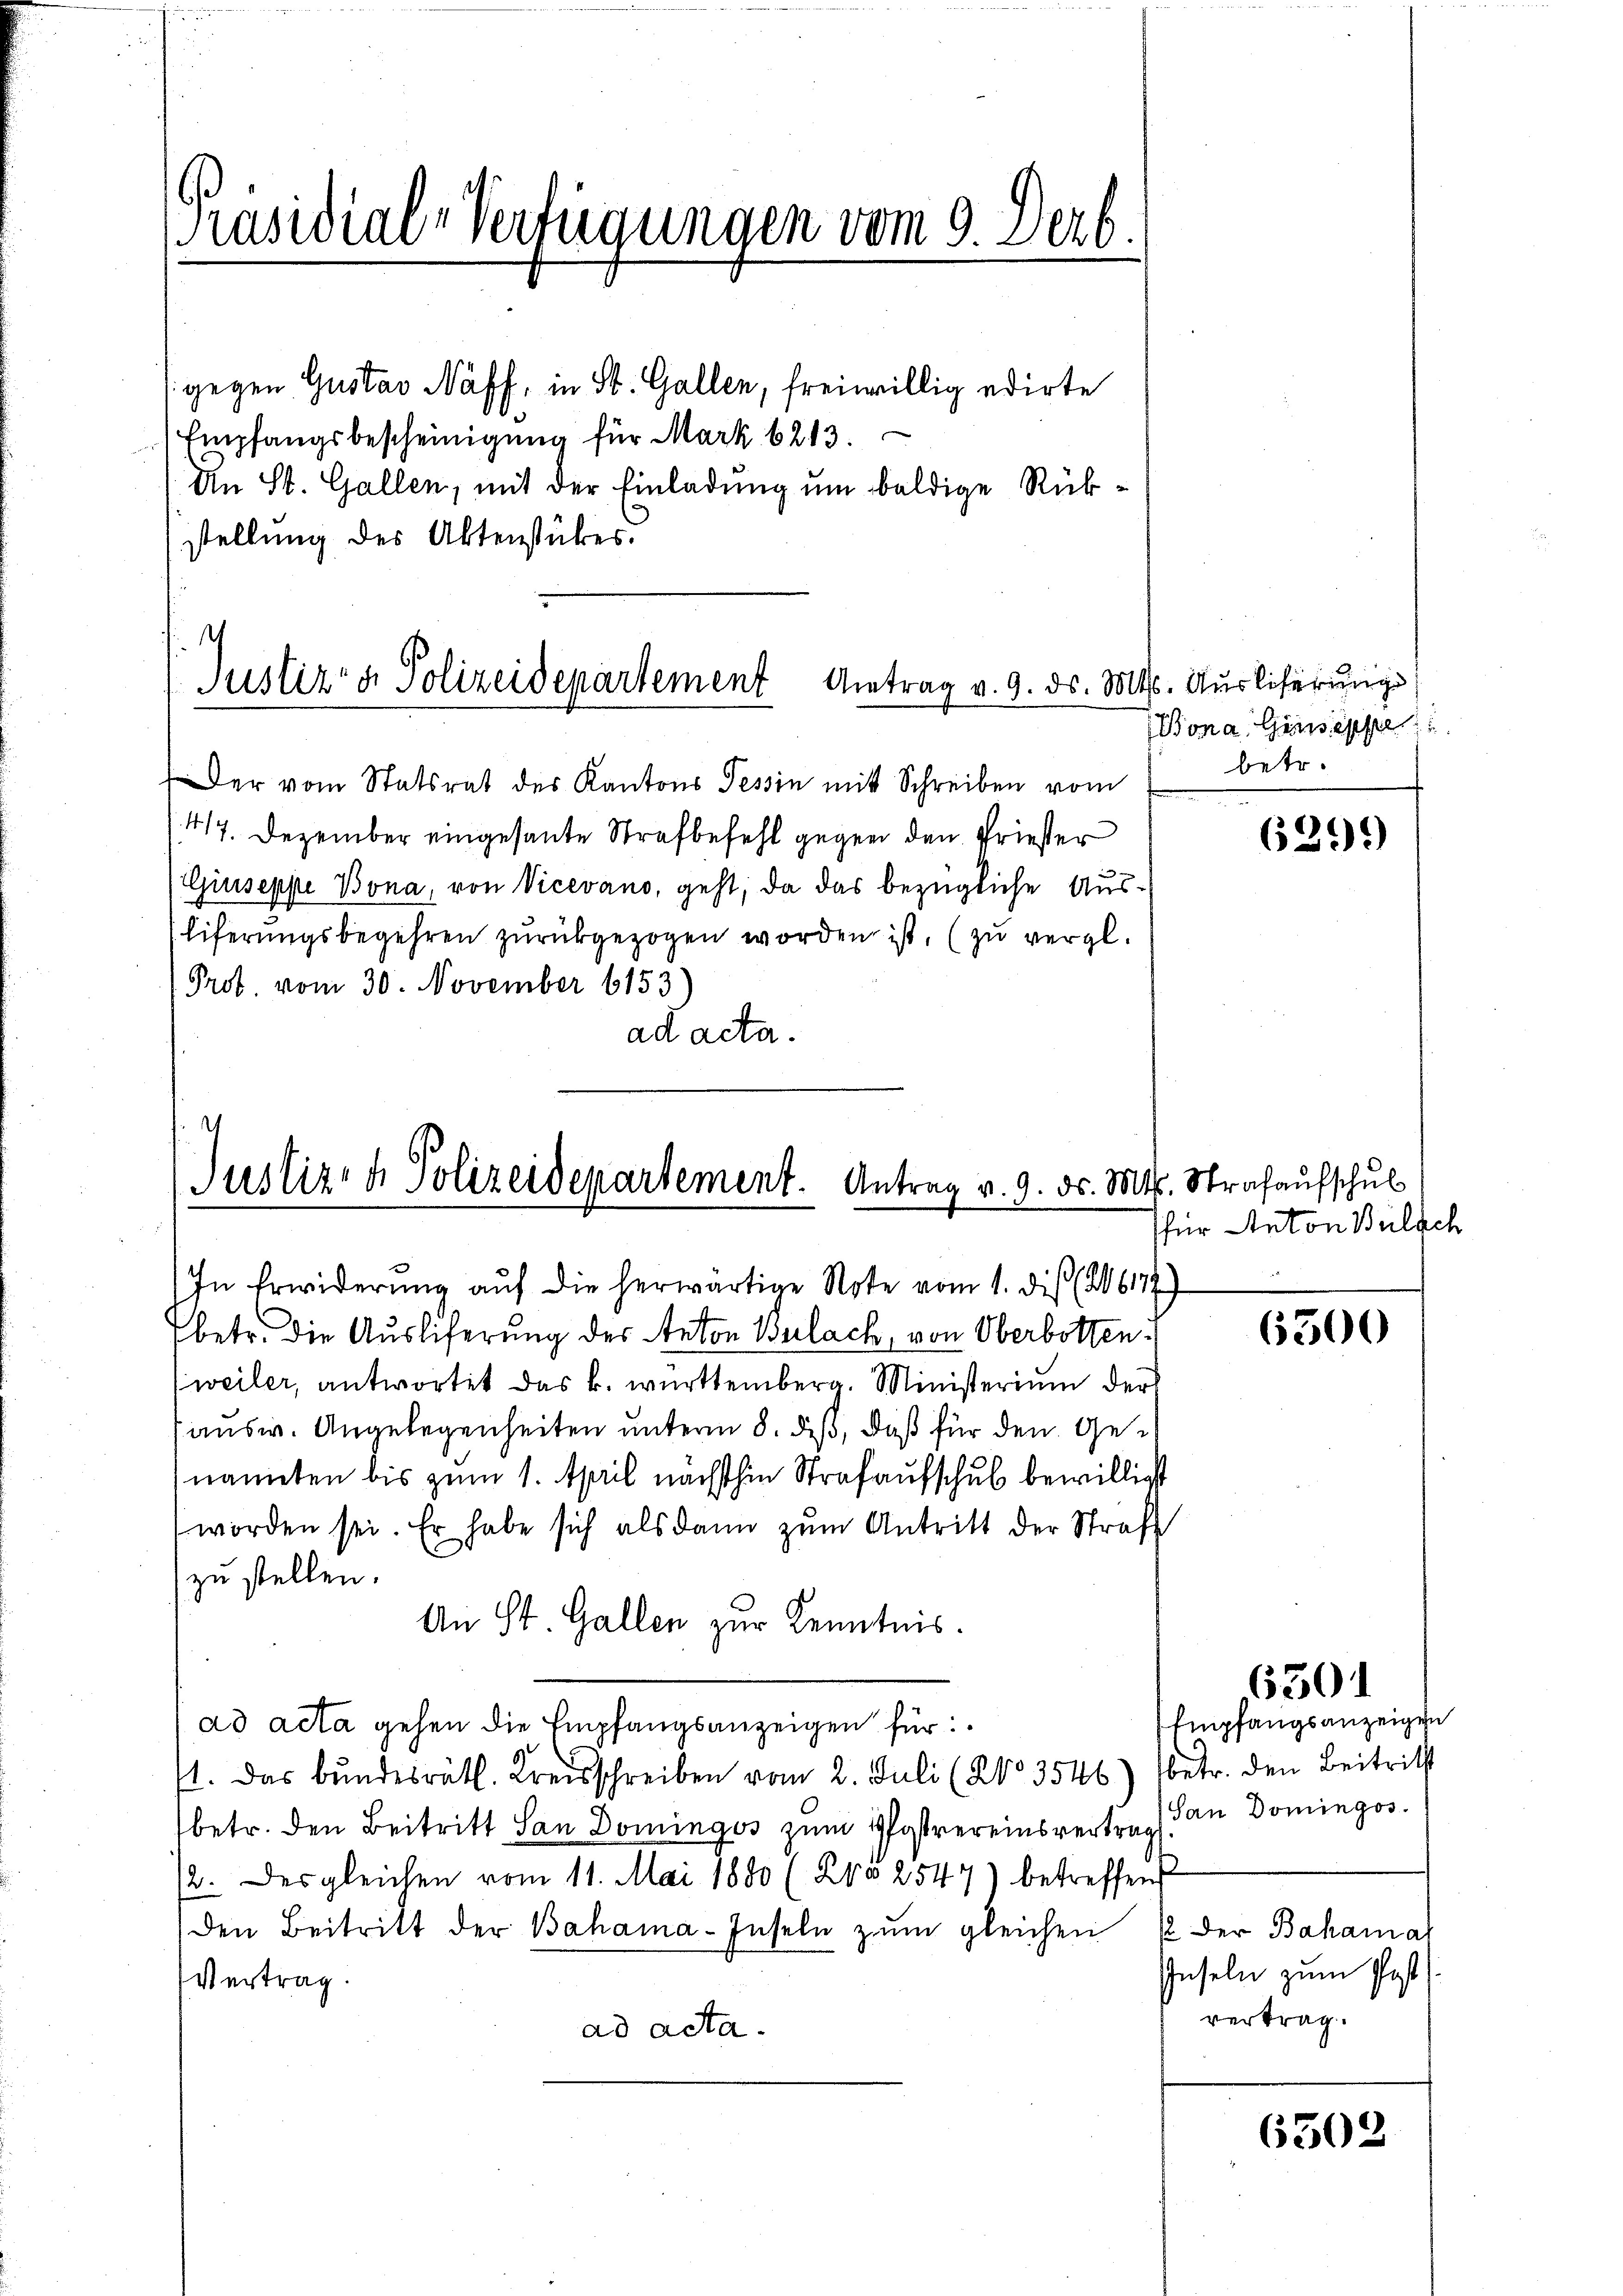
Präsidial-Verfügungen vom 9. Serb.

gegen Gustav Naff, in St. Gallen, freiwillig edirte
Empfangsbescheinigung für Mark 6213.
An St. Gallen, mit der Einladung um baldige Rükstellung des Aktenstückes.

4
Justiz & Polizeidepartement Antrag v. 9. ds. Mts. Auslieferungs

Der vom Statsrat des Kantons Tessin mit Schreiben vom
417. Dezember eingesante Strafbefehl gegen den Priester
Giuseppe Bona, von Vicevano, geht, da das bezügliche Aus¬
Eiferungsbegehren zurückgezogen worden ist, (zu vergl.
Prot. vom 30. November 6153
ad acta.

Justiz- & Polizeidepartement. Antrag v. 9. ds. Mts. Strafaŭfschul

In Erwiderŭng aŭf die herwärtige Note vom 1. dis (26177)
betr. die Auslieferung des Anton Verlach, von Oberbotten.
weiler, antwortet das k. württemberg. Ministerium der
ausw. Angelegenheiten unterm 8. dieß, daß für den Genannten bis zum 1. April nächsthin Strafaufschub bewilligt
worden sei. Er habe sich als dann zum Antritt der Straf
zu stellen.
An St. Gallen zur Kenntnis.
ad acta gehen die Empfangsanzeigen für
ft. Das bundesrätl. Kreisschreiben vom 2. Juli (NNo. 3546) (betr. den Beitritt
betr. den Beitritt San Domingos zum Pfostrereinsvertrag an Domingos.
2. des gleichen vom 11. Mai 1880 (205 2547) betreffend
den Beitritt der Bahama-Inseln zum gleichen u der Bahama
Vertrag.
ad acta.

Bona Giuseppe
betr.

639)

für Anton Bülach

6500

6301

Empfangsanzeigen

Inseln zum Post
vertrag.

6502